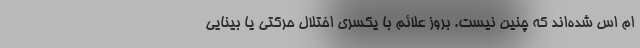
ام اس شده‌اند که چنین نیست. بروز علائم با یکسری اختلال حرکتی یا بینایی